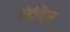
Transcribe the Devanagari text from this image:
पोर्टलैंड्स